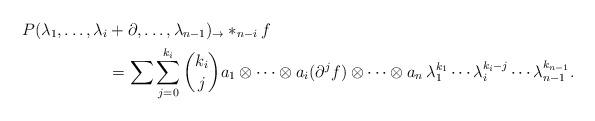
LaTeX: \begin{align*}P(\lambda_1,\dots,\lambda_i&+\partial,\dots,\lambda_{n-1})_{\to}*_{n-i}f\\&=\sum\sum^{k_i}_{j=0}\binom{k_i}{j}a_1\otimes \cdots\otimes a_i(\partial^jf)\otimes \cdots\otimes a_n\,\lambda^{k_1}_1\cdots\lambda^{k_i-j}_i\cdots\lambda^{k_{n-1}}_{n-1}.\end{align*}